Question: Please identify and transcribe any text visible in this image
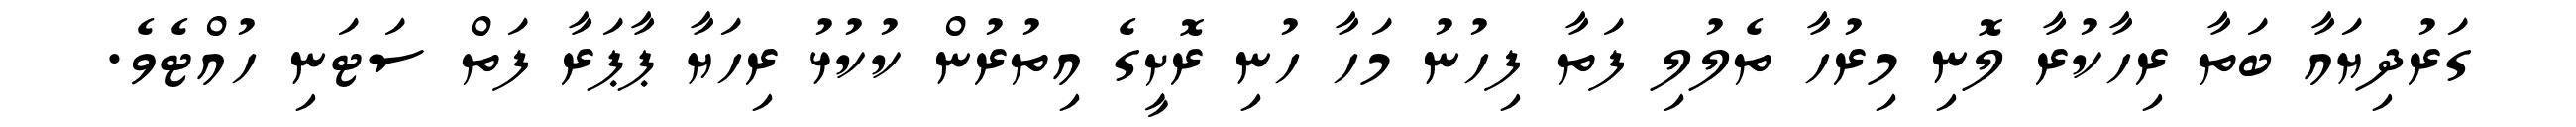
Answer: ގަރުދިޔައާ ބަތާ ރިހާކުރާ ލޮނި މިރުހާ ތެލުލި ފަތާ ފިހުނު މަހާ ހުނި ރޮށީގެ އިތުރުން ކުކުޅު ރިހަޔާ ޕާޕަރާ ފަތް ސަޓަނި ހުއްޓެވެ.